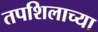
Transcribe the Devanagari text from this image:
तपशिलाच्या